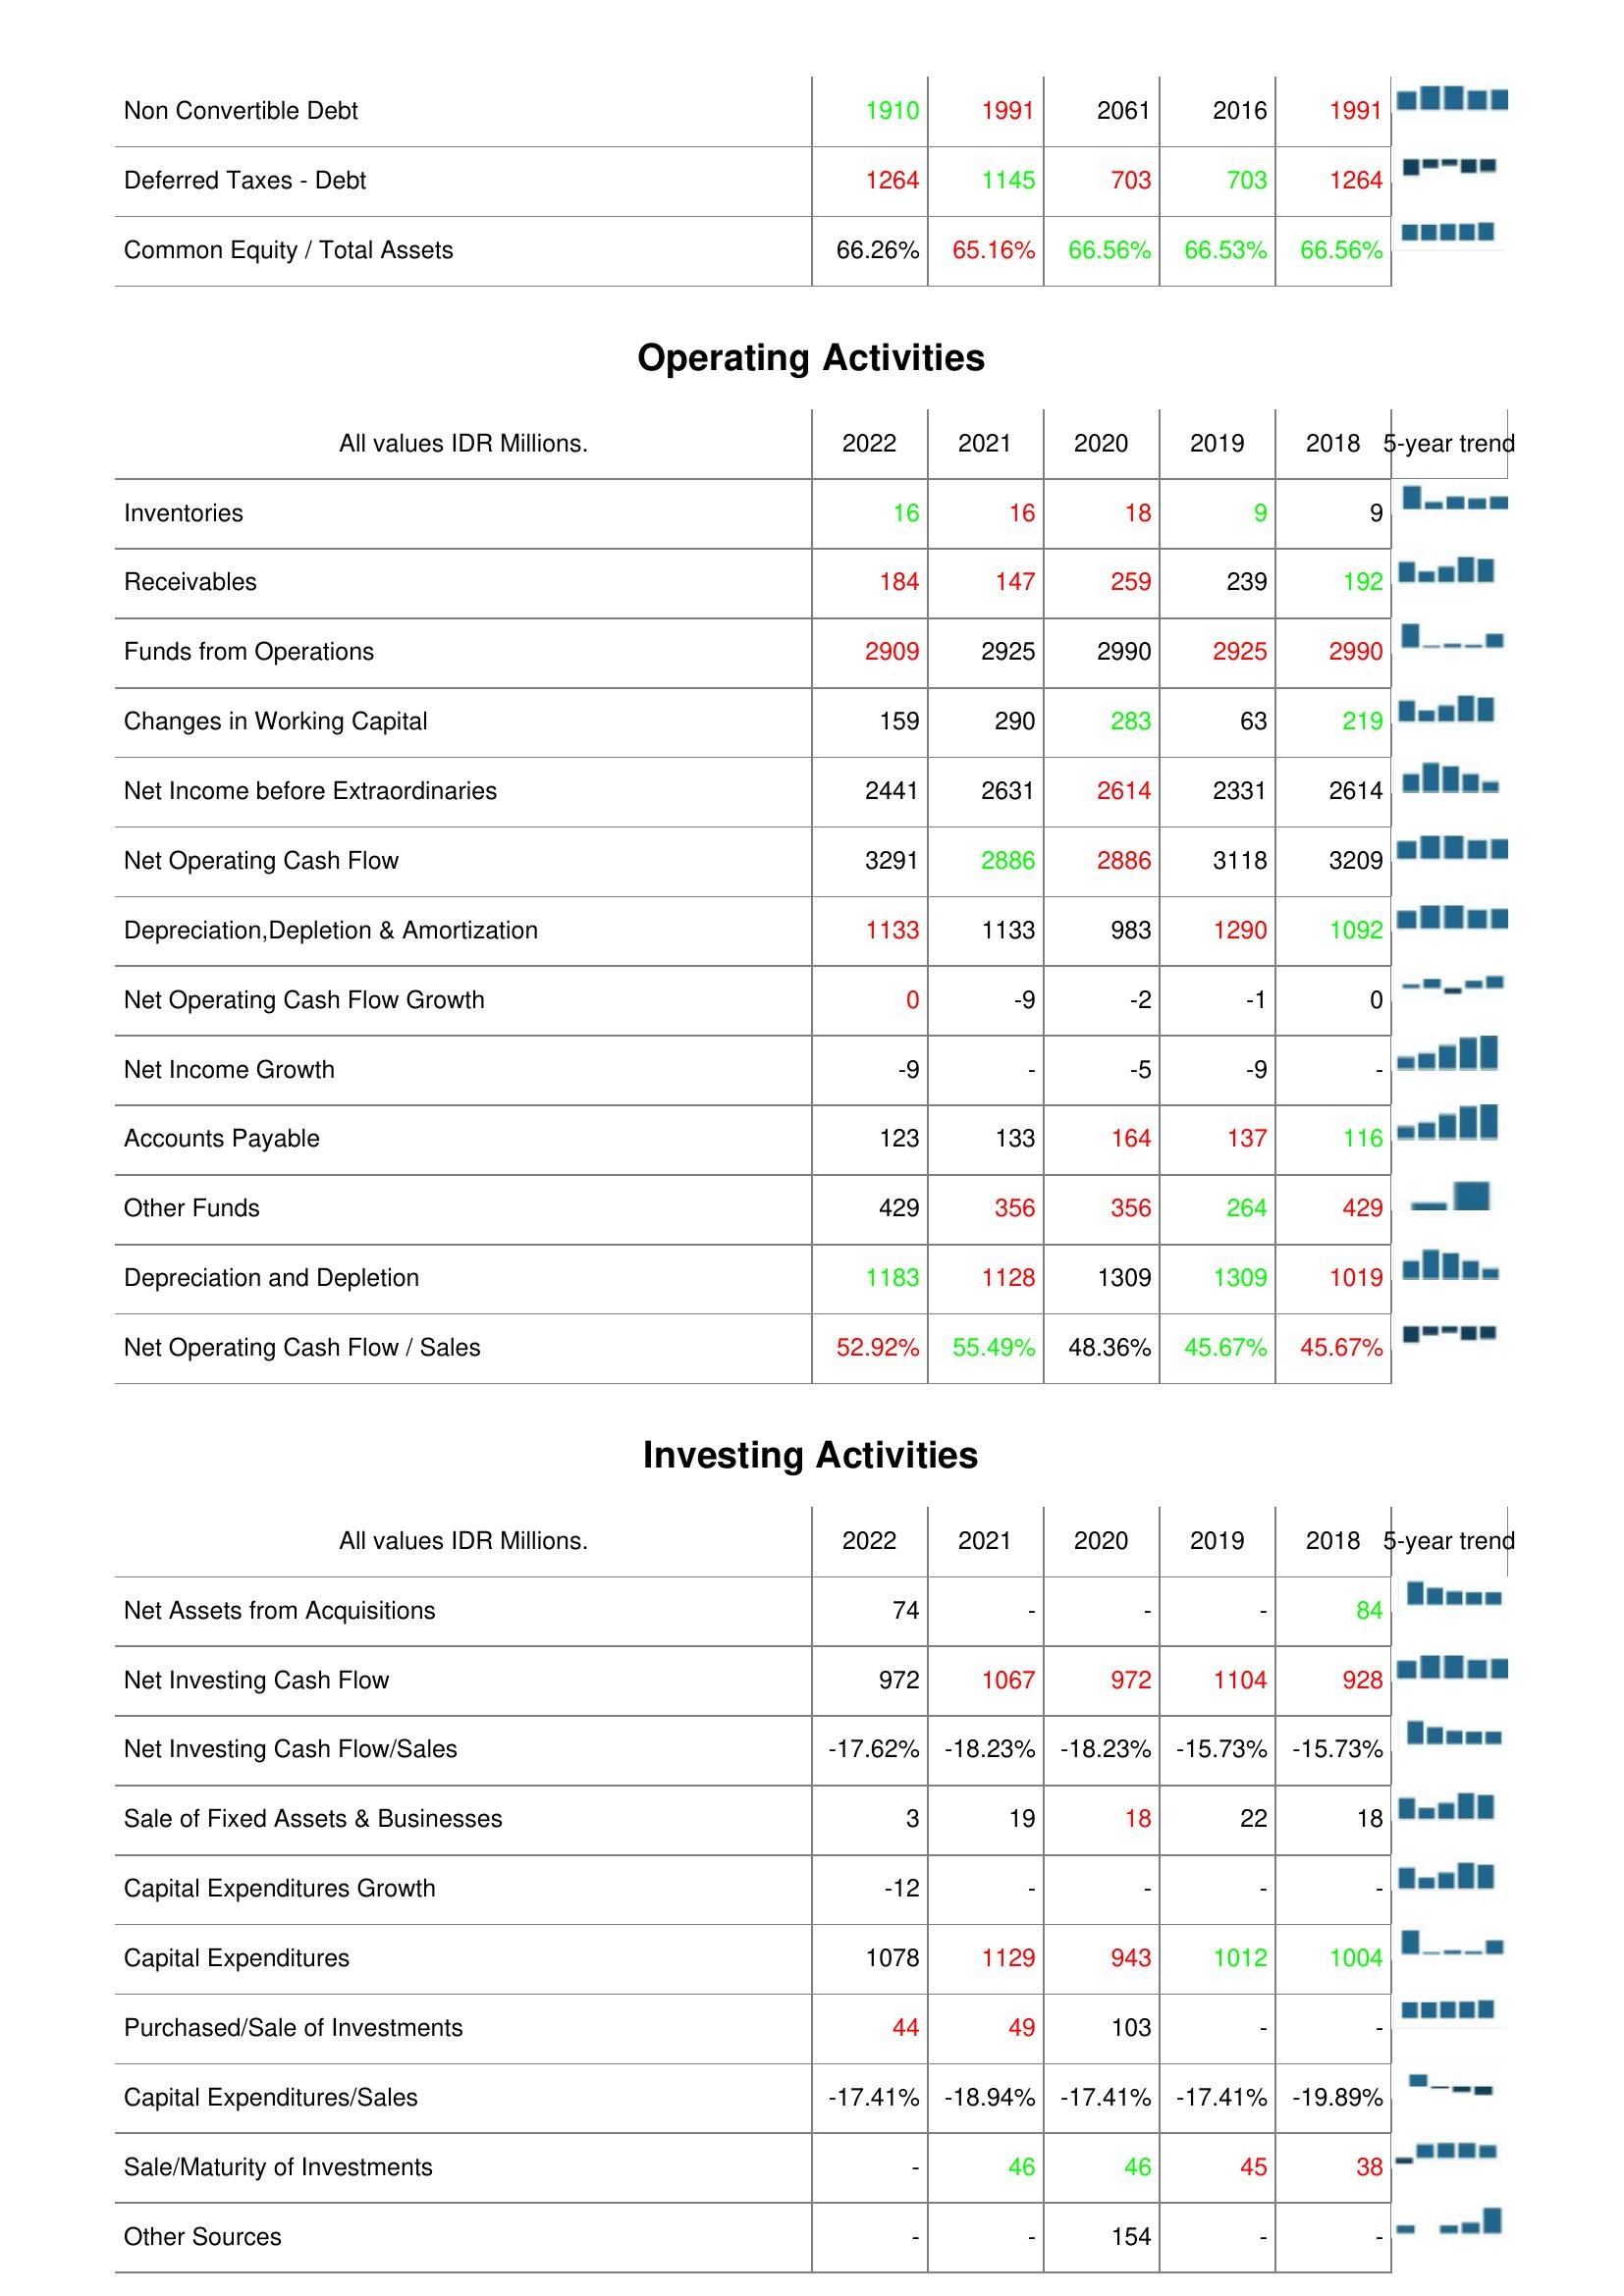
2022: Liabilities & Shareholder's Equity: Non Convertible Debt: 1910
Deferred Taxes - Debt: 1264
Common Equity / Total Assets: 66.26%
Operating Activities: Inventories: 16
Receivables: 184
Funds from Operations: 2909
Changes in Working Capital: 159
Net Income before Extraordinaries: 2441
Net Operating Cash Flow: 3291
Depreciation,Depletion & Amortization: 1133
Net Operating Cash Flow Growth: 0
Net Income Growth: -9
Accounts Payable: 123
Other Funds: 429
Depreciation and Depletion: 1183
Net Operating Cash Flow / Sales: 52.92%
Investing Activities: Net Assets from Acquisitions: 74
Net Investing Cash Flow: 972
Net Investing Cash Flow/Sales: -17.62%
Sale of Fixed Assets & Businesses: 3
Capital Expenditures Growth: -12
Capital Expenditures: 1078
Purchased/Sale of Investments: 44
Capital Expenditures/Sales: -17.41%
Sale/Maturity of Investments: -
Other Sources: -
2021: Liabilities & Shareholder's Equity: Non Convertible Debt: 1991
Deferred Taxes - Debt: 1145
Common Equity / Total Assets: 65.16%
Operating Activities: Inventories: 16
Receivables: 147
Funds from Operations: 2925
Changes in Working Capital: 290
Net Income before Extraordinaries: 2631
Net Operating Cash Flow: 2886
Depreciation,Depletion & Amortization: 1133
Net Operating Cash Flow Growth: -9
Net Income Growth: -
Accounts Payable: 133
Other Funds: 356
Depreciation and Depletion: 1128
Net Operating Cash Flow / Sales: 55.49%
Investing Activities: Net Assets from Acquisitions: -
Net Investing Cash Flow: 1067
Net Investing Cash Flow/Sales: -18.23%
Sale of Fixed Assets & Businesses: 19
Capital Expenditures Growth: -
Capital Expenditures: 1129
Purchased/Sale of Investments: 49
Capital Expenditures/Sales: -18.94%
Sale/Maturity of Investments: 46
Other Sources: -
2020: Liabilities & Shareholder's Equity: Non Convertible Debt: 2061
Deferred Taxes - Debt: 703
Common Equity / Total Assets: 66.56%
Operating Activities: Inventories: 18
Receivables: 259
Funds from Operations: 2990
Changes in Working Capital: 283
Net Income before Extraordinaries: 2614
Net Operating Cash Flow: 2886
Depreciation,Depletion & Amortization: 983
Net Operating Cash Flow Growth: -2
Net Income Growth: -5
Accounts Payable: 164
Other Funds: 356
Depreciation and Depletion: 1309
Net Operating Cash Flow / Sales: 48.36%
Investing Activities: Net Assets from Acquisitions: -
Net Investing Cash Flow: 972
Net Investing Cash Flow/Sales: -18.23%
Sale of Fixed Assets & Businesses: 18
Capital Expenditures Growth: -
Capital Expenditures: 943
Purchased/Sale of Investments: 103
Capital Expenditures/Sales: -17.41%
Sale/Maturity of Investments: 46
Other Sources: 154
2019: Liabilities & Shareholder's Equity: Non Convertible Debt: 2016
Deferred Taxes - Debt: 703
Common Equity / Total Assets: 66.53%
Operating Activities: Inventories: 9
Receivables: 239
Funds from Operations: 2925
Changes in Working Capital: 63
Net Income before Extraordinaries: 2331
Net Operating Cash Flow: 3118
Depreciation,Depletion & Amortization: 1290
Net Operating Cash Flow Growth: -1
Net Income Growth: -9
Accounts Payable: 137
Other Funds: 264
Depreciation and Depletion: 1309
Net Operating Cash Flow / Sales: 45.67%
Investing Activities: Net Assets from Acquisitions: -
Net Investing Cash Flow: 1104
Net Investing Cash Flow/Sales: -15.73%
Sale of Fixed Assets & Businesses: 22
Capital Expenditures Growth: -
Capital Expenditures: 1012
Purchased/Sale of Investments: -
Capital Expenditures/Sales: -17.41%
Sale/Maturity of Investments: 45
Other Sources: -
2018: Liabilities & Shareholder's Equity: Non Convertible Debt: 1991
Deferred Taxes - Debt: 1264
Common Equity / Total Assets: 66.56%
Operating Activities: Inventories: 9
Receivables: 192
Funds from Operations: 2990
Changes in Working Capital: 219
Net Income before Extraordinaries: 2614
Net Operating Cash Flow: 3209
Depreciation,Depletion & Amortization: 1092
Net Operating Cash Flow Growth: 0
Net Income Growth: -
Accounts Payable: 116
Other Funds: 429
Depreciation and Depletion: 1019
Net Operating Cash Flow / Sales: 45.67%
Investing Activities: Net Assets from Acquisitions: 84
Net Investing Cash Flow: 928
Net Investing Cash Flow/Sales: -15.73%
Sale of Fixed Assets & Businesses: 18
Capital Expenditures Growth: -
Capital Expenditures: 1004
Purchased/Sale of Investments: -
Capital Expenditures/Sales: -19.89%
Sale/Maturity of Investments: 38
Other Sources: -